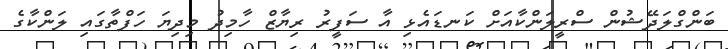
ބަންގްލަދޭޝުން ސްރީލަންކާއަށް ކަނޑައެޅި އާ ސަފީރު ރިޔާޒް ހާމިދު މިދިޔަ ހަފްތާގައި ލަންކާގެ